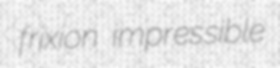
frixion impressible